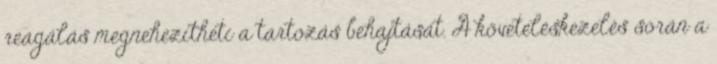
reagálás megnehezítheti a tartozás behajtását. A követeléskezelés során a